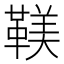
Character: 𩋼